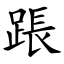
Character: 䠆